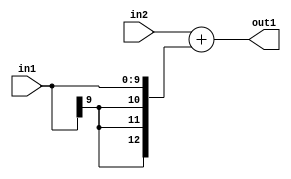
`timescale 1ps / 1ps
/*****************************************************************************
    Verilog RTL Description
    
    
    Created by: Stratus DpOpt 2019.1.01 
*******************************************************************************/

module DC_Filter_Add_12Ux10S_13S_4 (
	in2,
	in1,
	out1
	); /* architecture "behavioural" */ 
input [11:0] in2;
input [9:0] in1;
output [12:0] out1;
wire [12:0] asc001;

assign asc001 = 
	+(in2)
	+({{3{in1[9]}}, in1});

assign out1 = asc001;
endmodule

/* CADENCE  ubL0TAA= : u9/ySgnWtBlWxVPRXgAZ4Og= ** DO NOT EDIT THIS LINE ******/